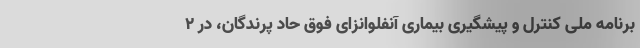
برنامه ملی کنترل و پیشگیری بیماری آنفلوانزای فوق حاد پرندگان، در ۲